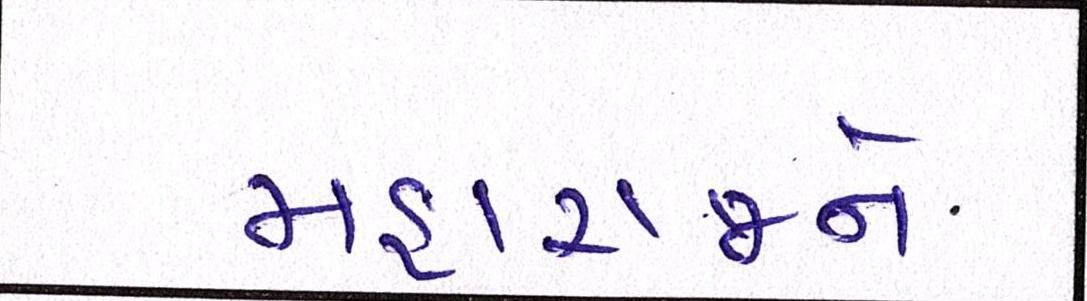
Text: મહારાજને